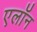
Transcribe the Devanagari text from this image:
एलॉन